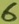
Text: 6